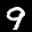
Label: 9